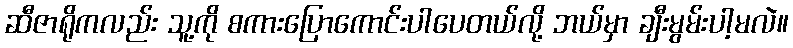
ဆီဇာရိုကလည်း သူ့ကို စကားပြောကောင်းပါပေတယ်လို့ ဘယ်မှာ ချီးမွမ်းပါ့မလဲ။